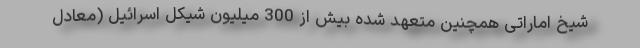
شیخ اماراتی همچنین متعهد شده بیش از 300 میلیون شیکل اسرائیل (معادل